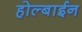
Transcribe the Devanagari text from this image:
होल्बाईन